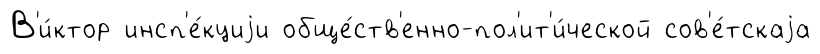
В'и́ктор инсп'е́кциjи обще́ств'енно-пол'ит'и́ческой сов'е́тскаjа